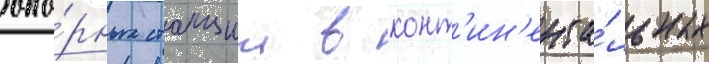
опо́рных станции в конт'ин'ента́льных